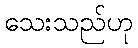
သေးသည်ဟု